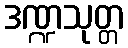
ဒဏ္ဍသုတ္တ